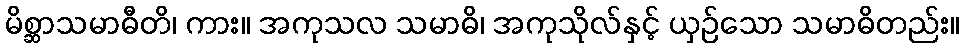
မိစ္ဆာသမာဓီတိ၊ ကား။ အကုသလ သမာဓိ၊ အကုသိုလ်နှင့် ယှဉ်သော သမာဓိတည်း။